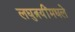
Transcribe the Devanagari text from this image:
लघुत्रयींमधले